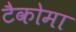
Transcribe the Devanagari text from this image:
टैकोमा